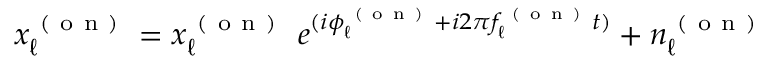
x _ { \ell } ^ { \mathrm { ~ ( ~ o ~ n ~ ) ~ } } = x _ { \ell } ^ { \mathrm { ~ ( ~ o ~ n ~ ) ~ } } \ e ^ { ( i \phi _ { \ell } ^ { \mathrm { ~ ( ~ o ~ n ~ ) ~ } } + i 2 \pi f _ { \ell } ^ { \mathrm { ~ ( ~ o ~ n ~ ) ~ } } t ) } + n _ { \ell } ^ { \mathrm { ~ ( ~ o ~ n ~ ) ~ } }